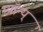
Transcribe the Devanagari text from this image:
म्यॉन्य्